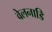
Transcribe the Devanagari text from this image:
वेलनाडि